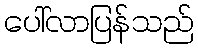
ပေါ်လာပြန်သည်